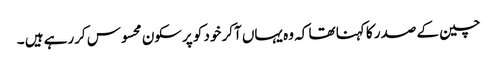
چین کے صدر کا کہنا تھا کہ وہ یہاں آکر خود کو پرسکون محسوس کررہے ہیں ۔